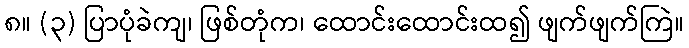
၈။ (၃) ပြာပုံခဲကျ၊ ဖြစ်တုံက၊ ထောင်းထောင်းထ၍ ဖျက်ဖျက်ကြဲ။